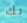
بك